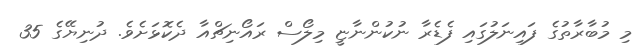
މި މުބާރާތުގެ ފައިނަލުގައި ފެޑެރާ ނުކުންނާޏީ މިލޯސް ރައޯނިޗްއާ ދެކޮޅަށެވެ. ދުނިޔޭގެ 35